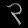
Digit: ၃